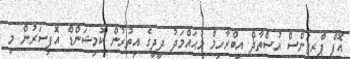
އޮފް ޕްރިޒަންސް އުސްތާޛް އިބްރާހިމް މުޙައްމަދު ދީދީގެ އިތުރުން ކޮމިޝަންޑް އޮފިސަރުން މި